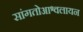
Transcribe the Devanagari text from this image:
सांगतोआश्वलायन